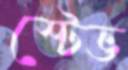
স্টেভ